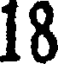
18